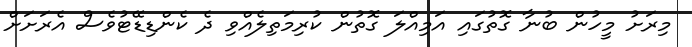
މިރަށު މީހުން ބުނާ ގޮތުގައި އަމިއްލަ ގޮތުން ކުރިމަތިލެއްވި ދެ ކެންޑިޑޭޓުވެސް އެރަށަށް